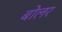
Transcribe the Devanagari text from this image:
बोलर